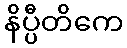
နိပ္ပီတိကေ